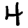
Digit: 4